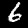
Label: 6